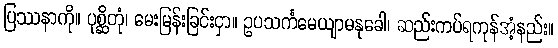
ပြဿနာကို။ ပုစ္ဆိတုံ၊ မေးမြန်းခြင်းငှာ။ ဥပသင်္ကမေယျာမနုခေါ၊ ဆည်းကပ်ရကုန်အံ့နည်း။